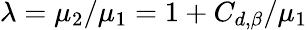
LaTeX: \lambda=\mu_{2}/\mu_{1}=1+C_{d,\beta}/\mu_{1}